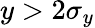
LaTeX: y>2\sigma_{y}